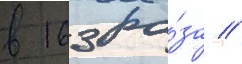
в 163 ра́за //